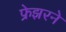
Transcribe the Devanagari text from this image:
फ्रेझरने